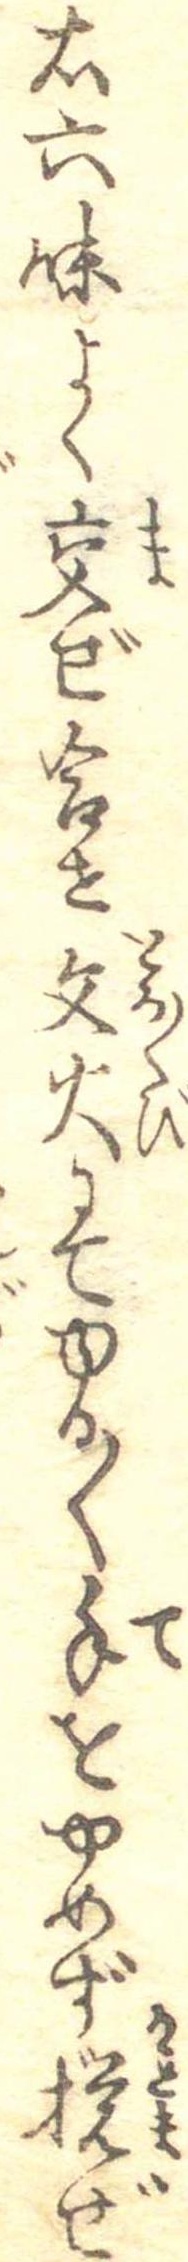
右六味よく交ぜ合せ文火にてゆる〱手をやめず撹ぜ